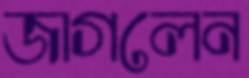
জাগলেন